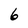
Character: 6